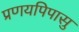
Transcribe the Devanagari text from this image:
प्रणयपिपासु